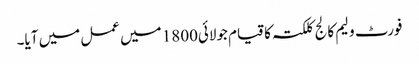
فورٹ ولیم کالج کلکتہ کا قیام جولائی1800 میں عمل میں آیا۔